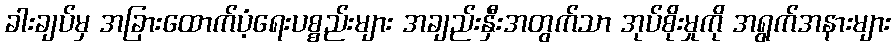
ခါးချပ်မှ အခြားထောက်ပံ့ရေးပစ္စည်းများ အချည်းနှီးအတွက်သာ အုပ်စိုးမှုကို အရွက်အနားများ